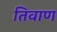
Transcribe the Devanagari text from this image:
तिवाण